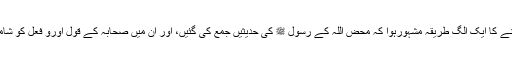
جب تیسری صدی آئی تو اس میں احادیث جمع کرنے کا ایک الگ طریقہ مشہورہوا کہ محض اللہ کے رسول ﷺ کی حدیثیں جمع کی گئیں، اور ان میں صحابہ کے قول اورو فعل کو شامل نہیں کیا گیا. اسی طرح مسانيد بھی لکھی گئیں ۔